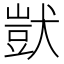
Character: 獃